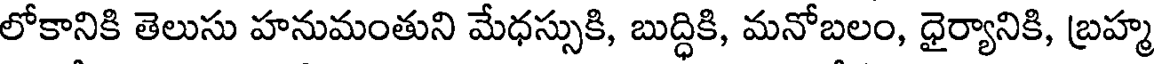
లోకానికి తెలుసు హనుమంతుని మేధస్సుకి, బుద్ధికి, మనోబలం, ధైర్యానికి, బ్రహ్మ